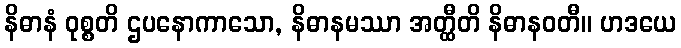
နိဓာနံ ဝုစ္စတိ ဌပနောကာသော, နိဓာနမဿာ အတ္ထီတိ နိဓာနဝတီ။ ဟဒယေ